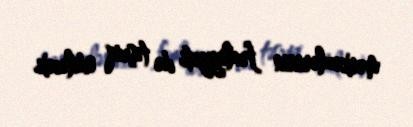
mərkəzlərinin fəaliyyəti də təşviq ediləcək.